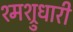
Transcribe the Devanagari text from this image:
श्मश्रुधारी